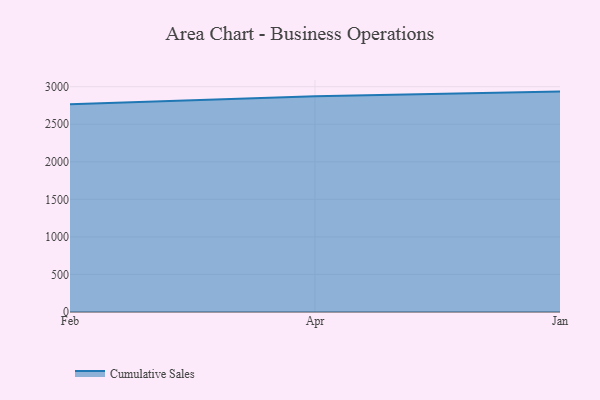
{"axis": {"x": "Month", "y": "Active Users"}, "legend": ["Cumulative Sales"], "data": [{"x": "Feb", "y": 2764.7, "type": "Cumulative Sales"}, {"x": "Apr", "y": 2871.7, "type": "Cumulative Sales"}, {"x": "Jan", "y": 2934.7, "type": "Cumulative Sales"}]}